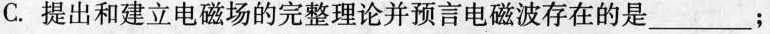
C.提出和建立电磁场的完整理论并预言电磁波存在的是___；